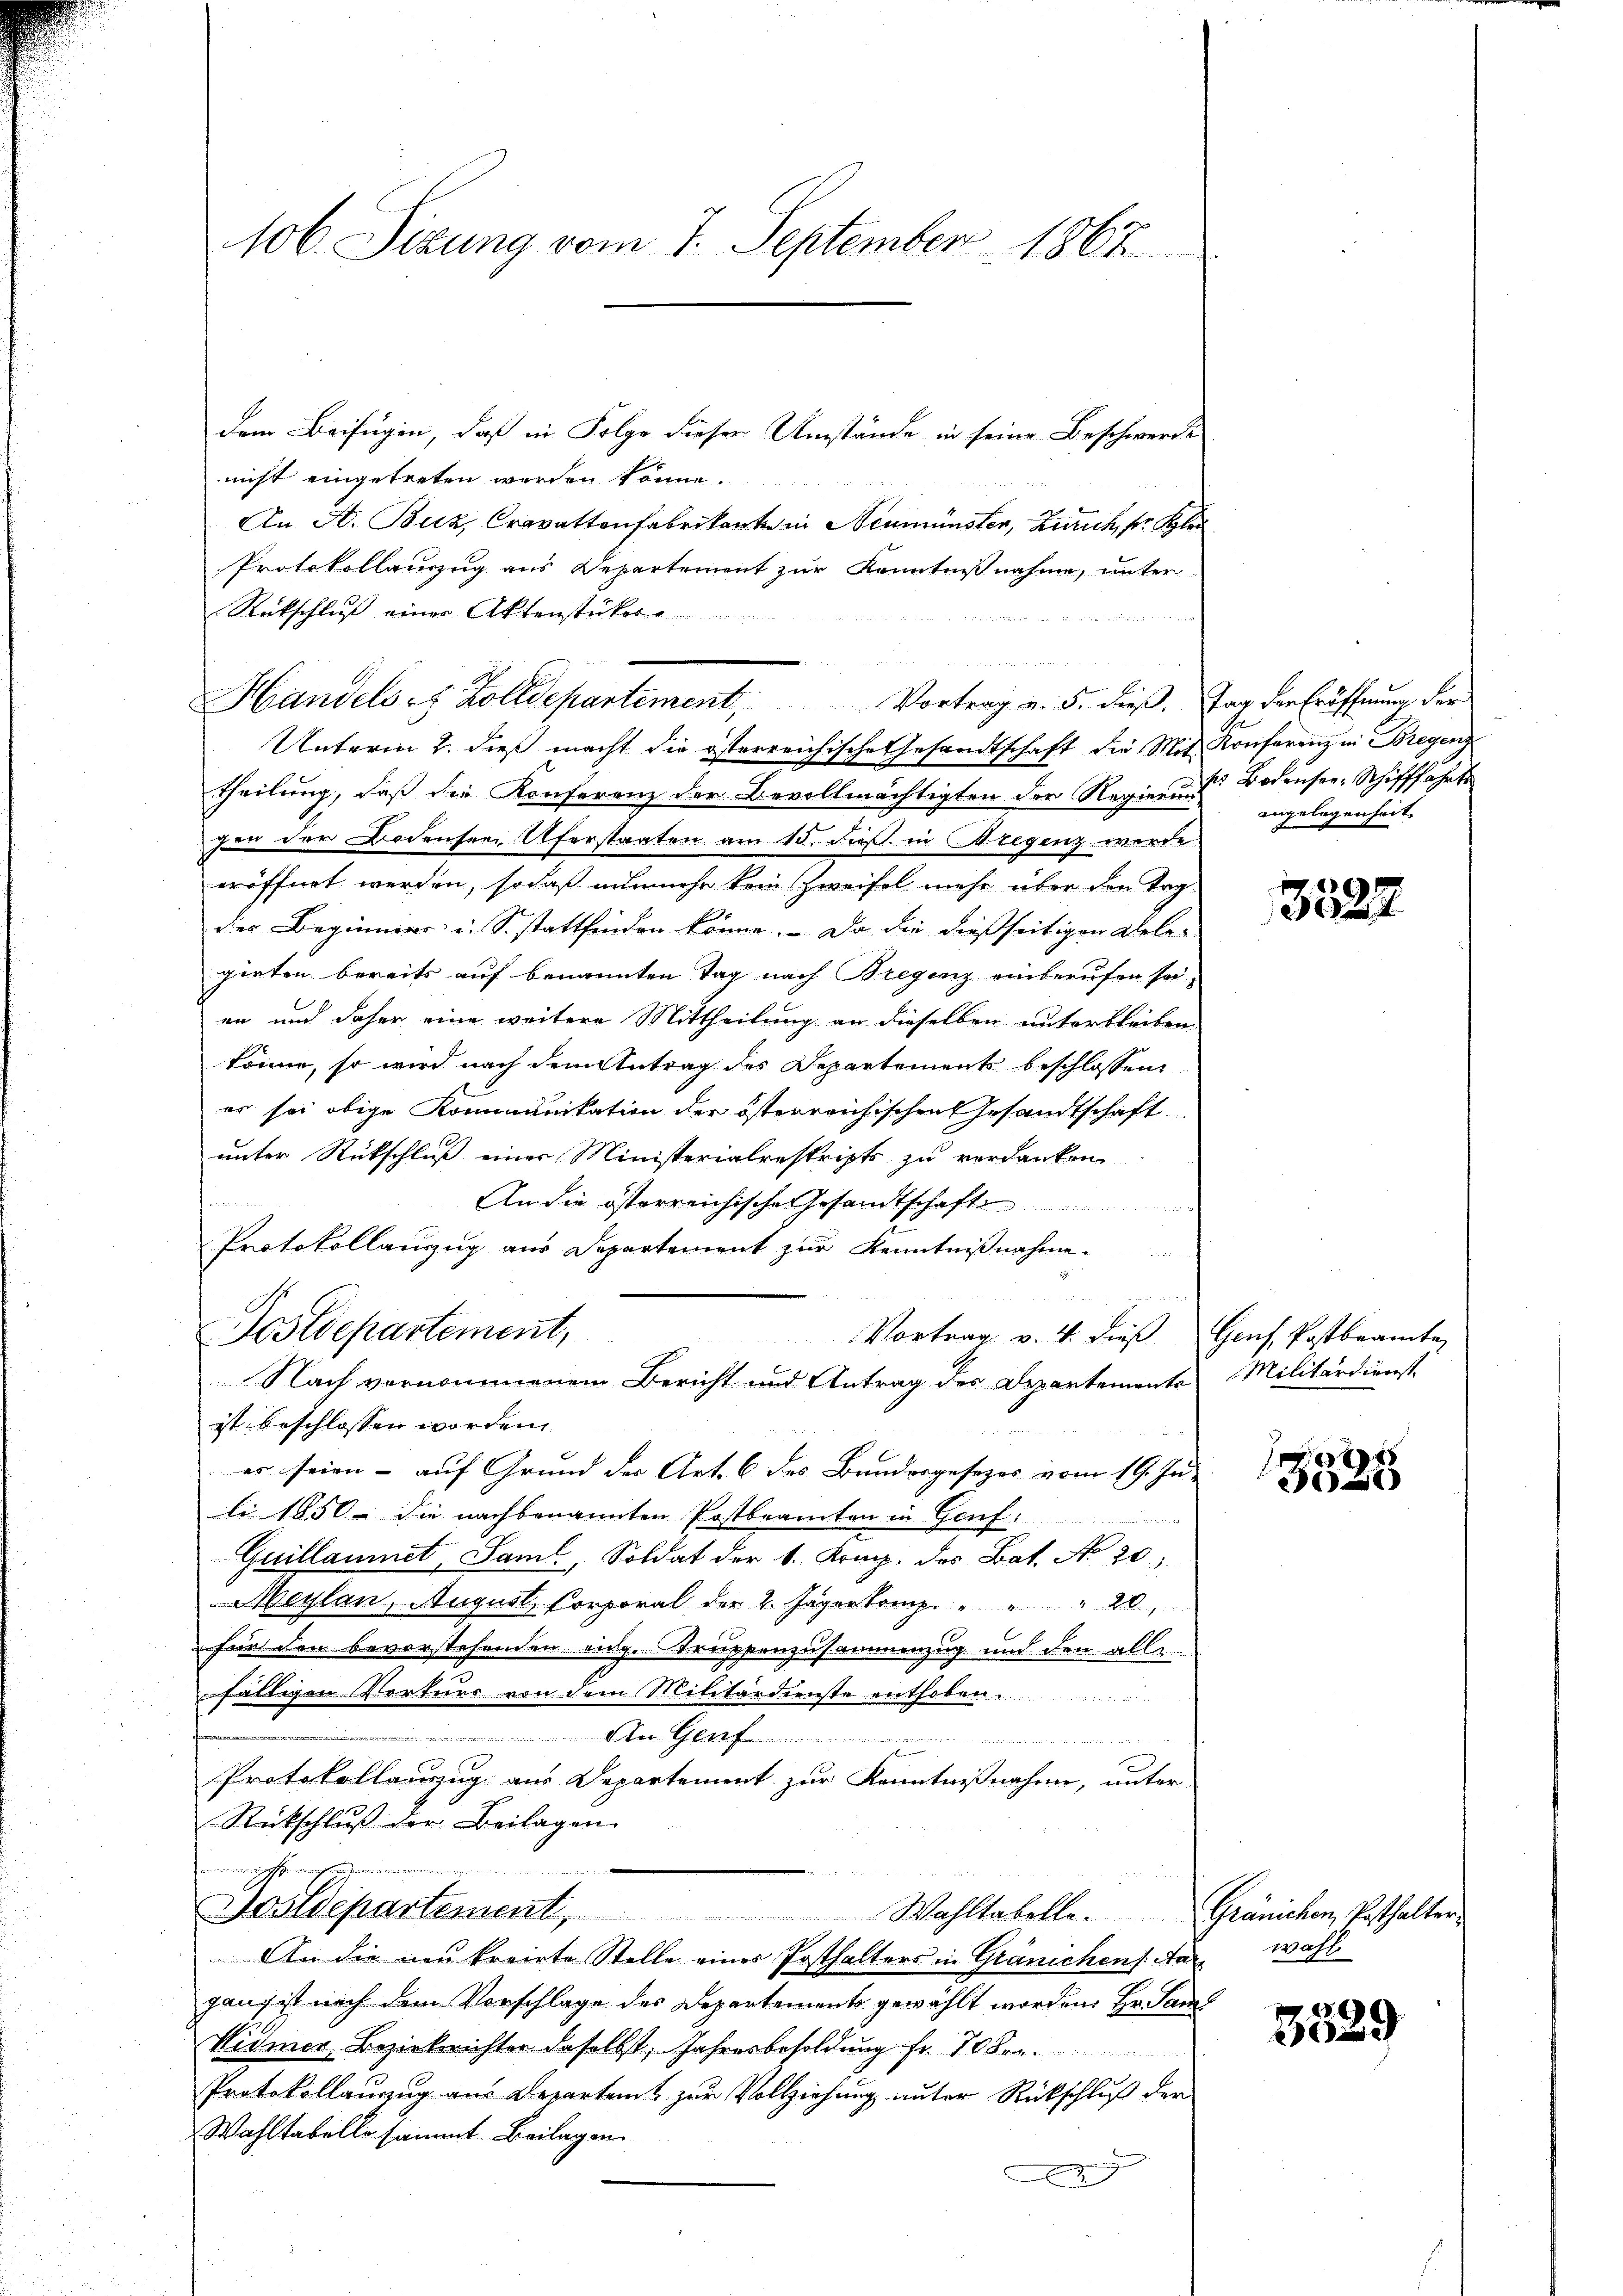
106. Sizung vom 7. September 1867

dem Beifügen, daß in Folge dieser Umstände in seine Beschwerde
nicht eingetreten werden könne.
An A. Buz, Cravattenfabrikanten in Neumünster, Zürich, ser Klei
Protokollanzug aus Departement zur Kenntnißnahme, unter
Rütschluß einer Aktenstückere

Unterm 2. dieß macht die österreichische Gesandtschaft die Mit Konferenz in Bregenz
Theilung, daß die Konferenz der Bevollmächtigten der Regier u Bodenser-Schifffahrts
gen der Bodensen Uferstaaten am 10. Fuß. in Wiegenz werde
eröffnet werden, sodaß nunmehr kein Zweifel mehr über den Tag-
der Beginner u. S. stattfinden könne. - Da die dießseitigen Gelegirten bereits auf benannten Tag nach Bregenz einberufen sei,
en und daher eine weitere Mittheilung an dieselben unterbleiben,
könne, so wird nach dem Antrag des Departements beschlossen,
er sei obige Kommunikation der österreichischen Gesandtschaft
unter Rückschluß einer Ministerialrestripts zu verdanken
honnen
An die österreichische Gesandtschaft
u
Protokollauszug aus Departement zur Kenntnißnahme
Postdepartement,
Vortrag v. 4. dieß Genf, Postbeamte
Nach vornommenem Bericht und Antrag des Departements
ist beschlossen worden.
es seien - auf Grund der Art. 6 des Bundesgesezes vom 19. Ju-
li 1850 die nachbenannten Postbeamten in Genf.
Guillaumet, Saml, Soldat der 1. Komp. des Bat. No 20
Meylan, August, Corporal der 2. Jäger Komp. " " " 20,
für den bevorstehenden ange-Truppenzusammenzug und den allen
fälligen Verturs von dem Militärdienste enthoben.
An Graf
dende er mich
Protokollauszug aus Departement zur Kenntnißnahme, unter
Rückschlŭβ der Beilagen
un meinen geoffen
Bostdepartement, Wahltabelle. Gränichen Posthalter
An die neu trairte Stelle einer Posthalters in Gränichens er wohl
gang ist nach dem Vorschlage des Departements gewählt worden. Hr. Saml
Widmer, Bezirksrichter daselbst, Jahresbesoldŭng fr. 70 Fr.
Protokollanzug aus Departent zur Vollziehung unter Rückschluß der
Wahltabelle sammt Beilagen
E

Handelsr. Zolldepartement, Vortrag v. 5. dieβ. Tag der Eröffnung der

angelegenheit.

3522

Militärdienst.

E
3025

8
2029